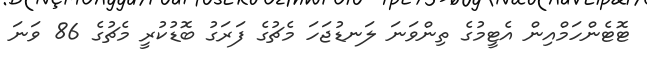
ޓޮޓެންހަމްއިން އެޓީމުގެ ތިންވަނަ ލަނޑުޖަހަ މެޗުގެ ފަރަގު ބޮޑުކުރީ މެޗުގެ 86 ވަނަ